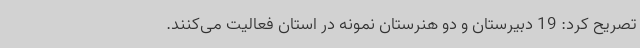
تصریح کرد: 19 دبیرستان و دو هنرستان نمونه در استان فعالیت می‌کنند.